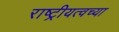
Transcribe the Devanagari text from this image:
राष्ट्रीयत्वच्या